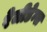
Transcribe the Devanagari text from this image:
रेजीडेन्स